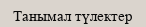
Танымал түлектер